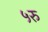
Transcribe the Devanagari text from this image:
५रु